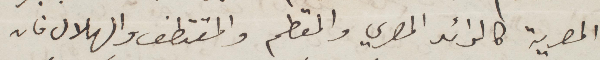
المصرية كالرائد المصري والمقطم والمقتطف والهلال فان